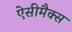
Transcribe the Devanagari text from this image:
ऐसीमैक्स